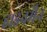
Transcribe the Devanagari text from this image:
हाइनमैन